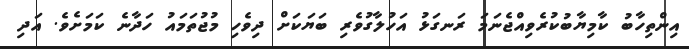
އިންތިހާބު ކާމިޔާބުކުރެވިއްޖެނަމަ ރަނގަޅު އަހުލާގުވެރި ބަޔަކަށް ދިވެހި މުޖުތަމައު ހަދާނެ ކަމަށެވެ. އަދި